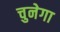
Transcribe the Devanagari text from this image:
चुनेगा